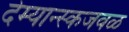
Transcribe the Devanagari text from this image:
देम्यान्स्कजवळ